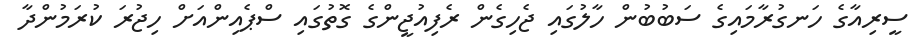
ސީރިއާގެ ހަނގުރާމައިގެ ސަބުބުން ހާލުގައި ޖެހިގެން ރެފިއުޖީންގެ ގޮތުގައި ސްޕެއިންއަށް ހިޖުރަ ކުރަމުންދާ